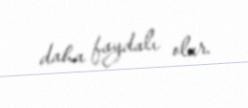
daha faydalı olar.